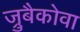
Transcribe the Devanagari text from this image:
ज्रुबैकोवा